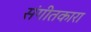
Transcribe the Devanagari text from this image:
संगीतकारा